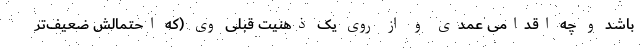
باشد و چه اقدامی عمدی و از روی یک ذهنیت قبلی وی (که احتمالش ضعیف‌تر